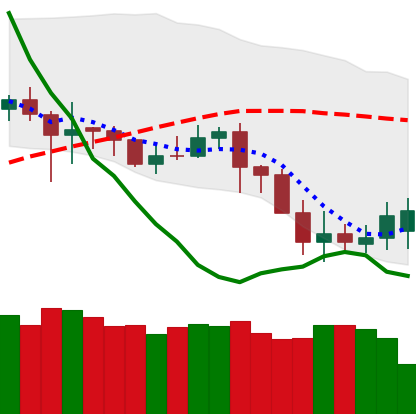
Ticker: DOGE-USD
Chart end date: 2020-07-02
Forward return: 30.877%
Label: up_7plus